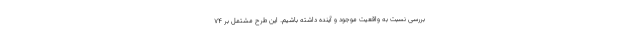
بررسی نسبت به واقعیت موجود و آینده داشته باشیم. این طرح مشتمل بر ۷۴